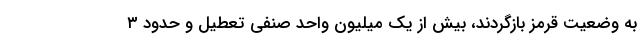
به وضعیت قرمز بازگردند، بیش از یک میلیون واحد صنفی تعطیل و حدود ۳